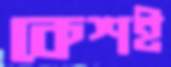
কেশই